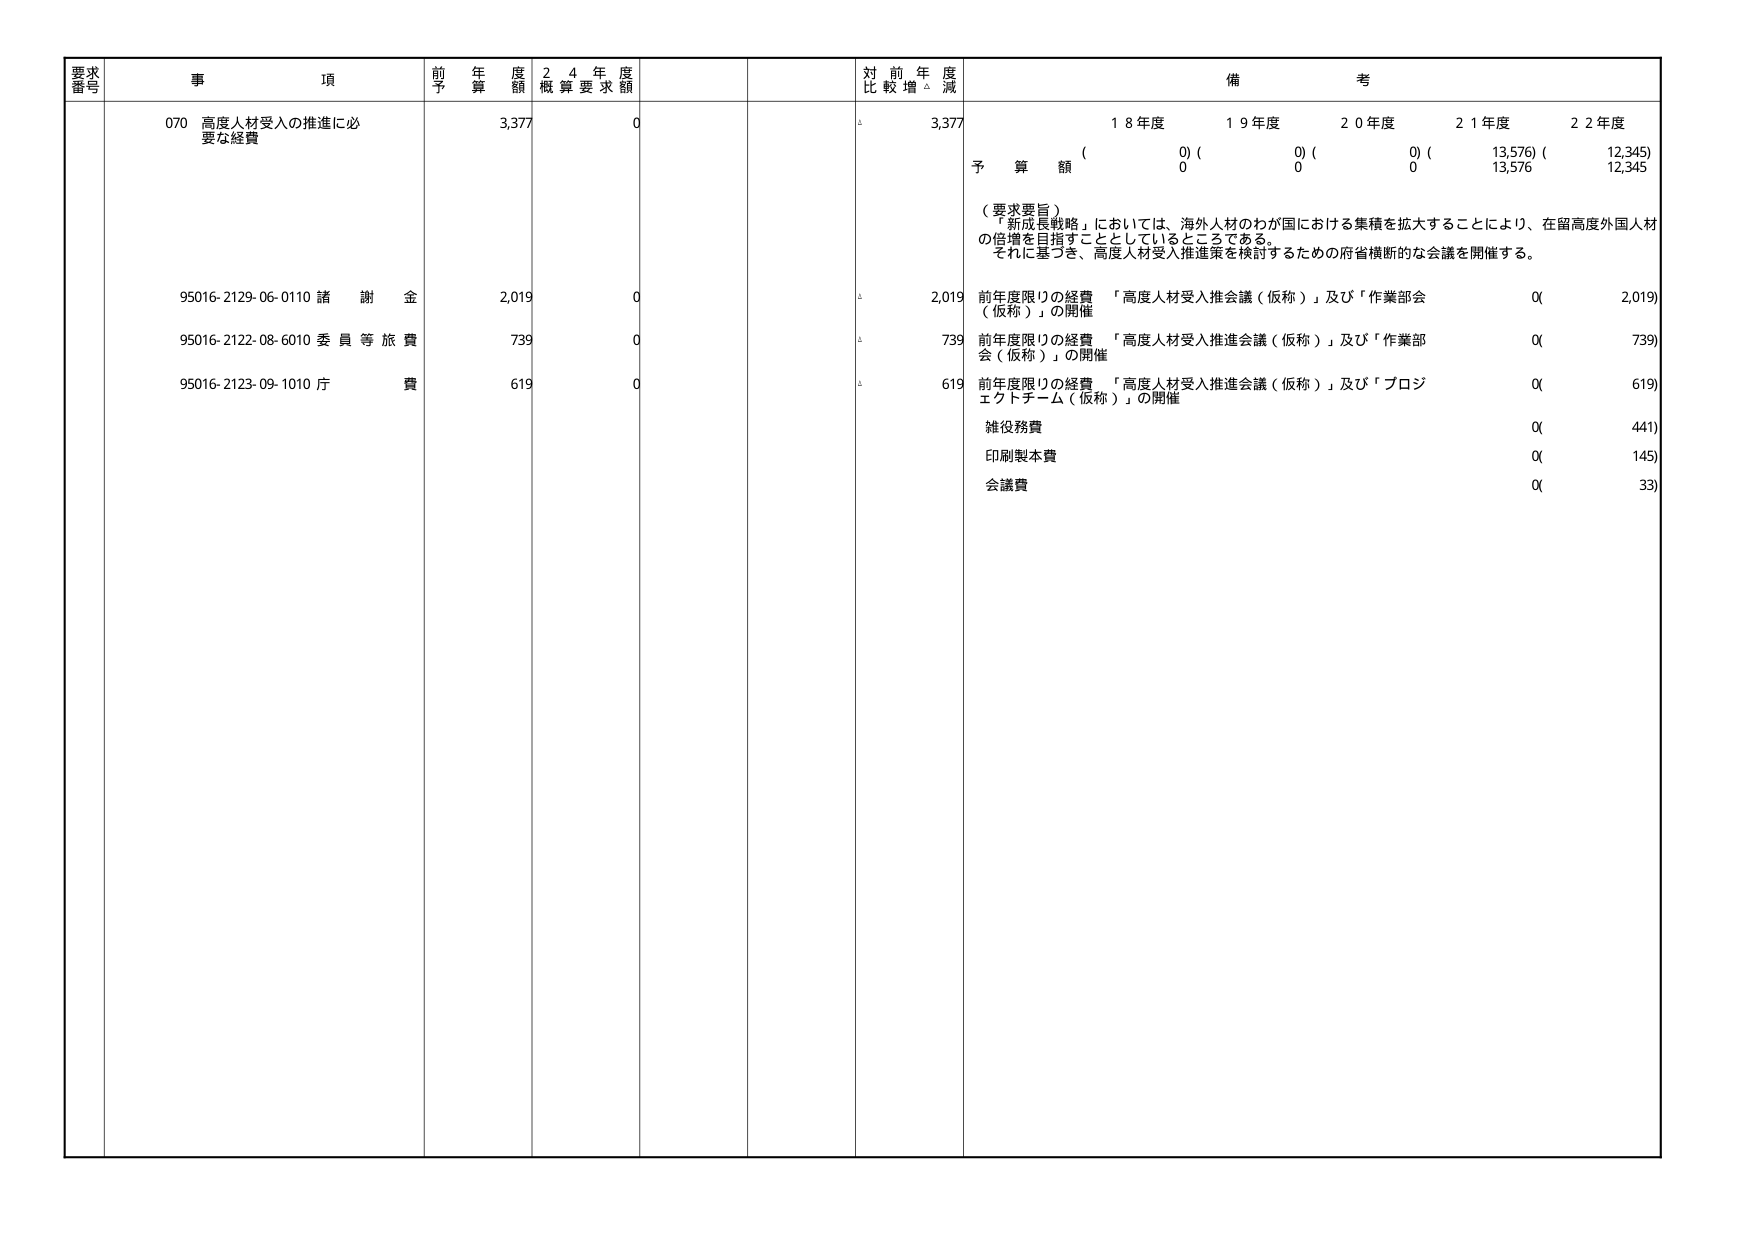
要求番号 事項 前年度予算額 24年度概算要求額 対前年度比較増減 備考
070 高度人材受入の推進に必要な経費 3,377 0 △ 3,377 18年度 19年度 20年度 21年度 22年度
( 0) ( 0) ( 0) ( 13,576) ( 12,345)
予算額 0 0 0 13,576 12,345
（要求要旨）
「新成長戦略」においては、海外人材のわが国における集積を拡大することにより、在留高度外国人材の倍増を目指すこととしているところである。
それに基づき、高度人材受入推進策を検討するための府省横断的な会議を開催する。
95016-2129-06-0110 諸謝金 2,019 0 △ 2,019 前年度限りの経費 「高度人材受入推進会議（仮称）」及び「作業部会（仮称）」の開催 0( 2,019)
95016-2122-08-6010 委員等旅費 739 0 △ 739 前年度限りの経費 「高度人材受入推進会議（仮称）」及び「作業部会（仮称）」の開催 0( 739)
95016-2123-09-1010 庁費 619 0 △ 619 前年度限りの経費 「高度人材受入推進会議（仮称）」及び「プロジェクトチーム（仮称）」の開催 0( 619)
雑役務費 0( 441)
印刷製本費 0( 145)
会議費 0( 33)